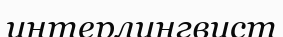
интерлингвист